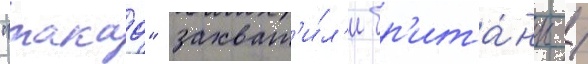
"такао" захват'и́л'и бр'ита́нцы /